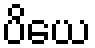
ပိယေ